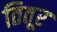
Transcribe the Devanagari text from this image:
तितूर